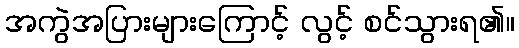
အကွဲအပြားများကြောင့် လွင့် စင်သွားရ၏။